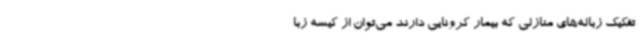
تفکیک زباله‌های منازلی که بیمار کرونایی دارند می‌توان از کیسه زبا